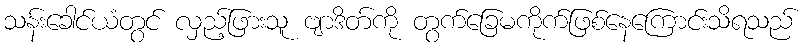
သန်းခေါင်ယံတွင် လှည့်ဖြားသူ ဗျာဒိတ်ကို တွက်ခြေမကိုက်ဖြစ်နေကြောင်းသိရသည်